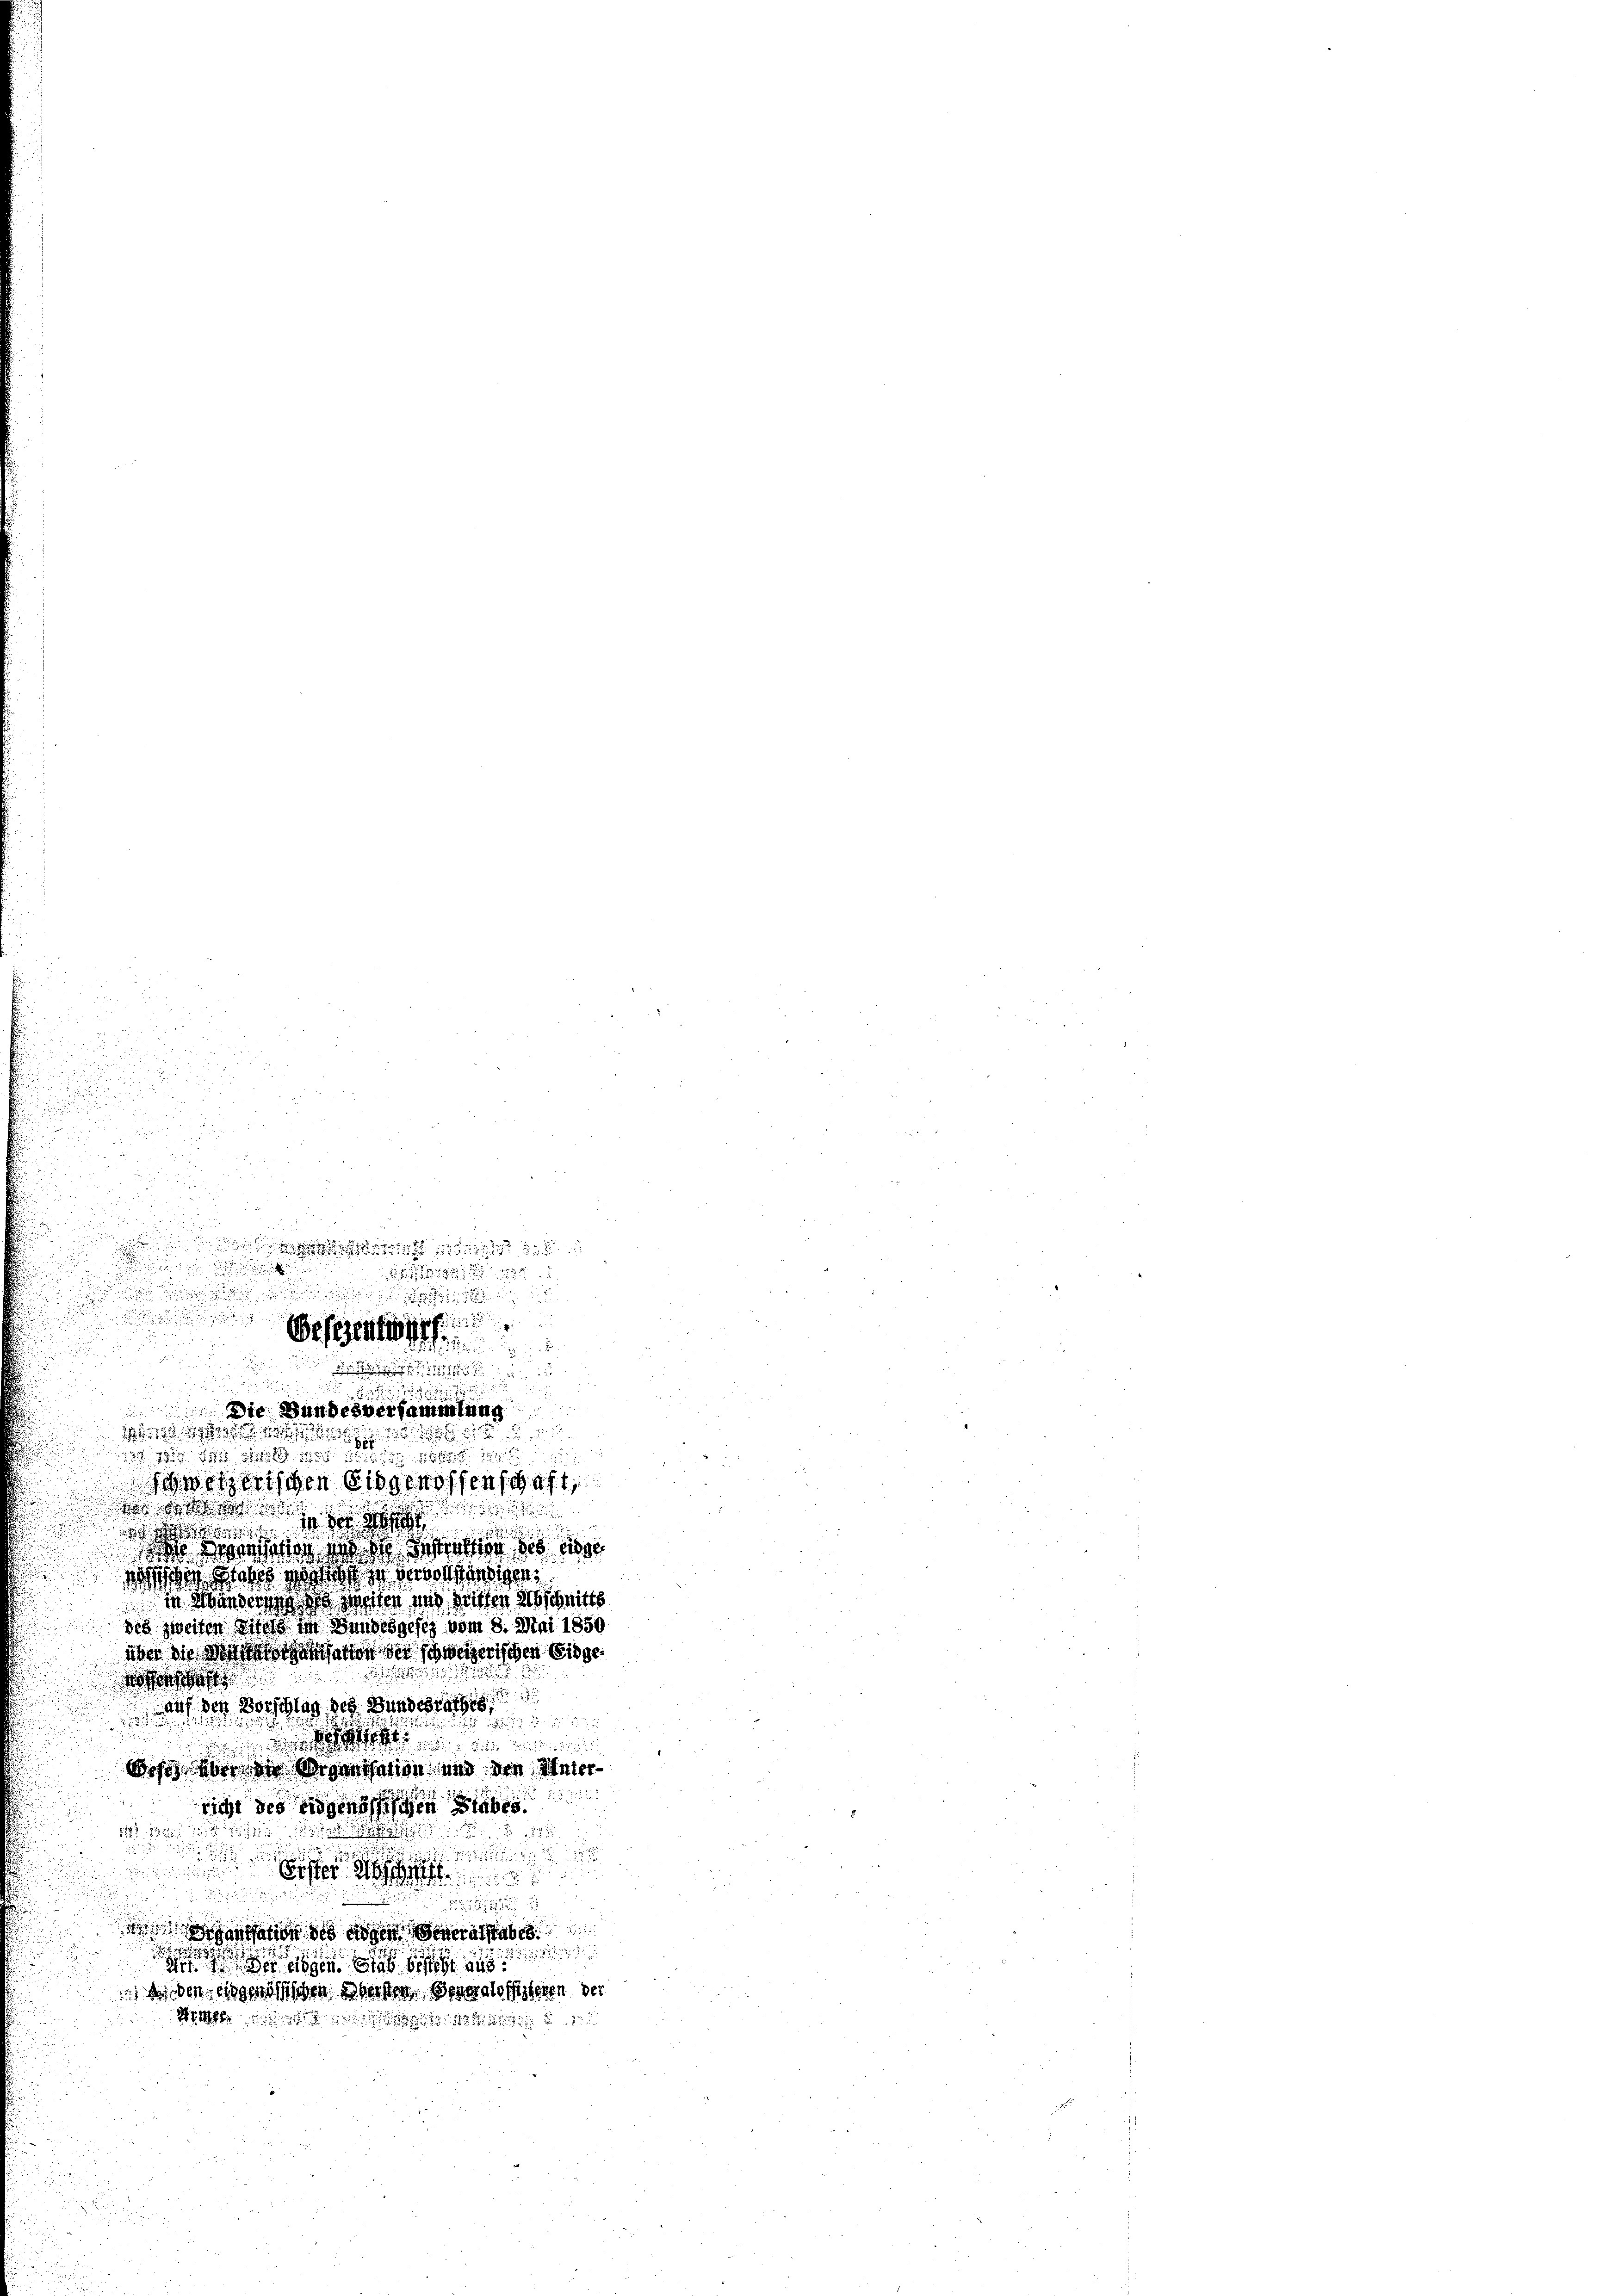
u

u

¬

sowie das ist das Was
 g die d

Schweizerischen Eidgenossenschaft,
der d

dos den Peter mit der Betrettung des diese
Wochen Profes vorhof er vervollständigen,
in Mandern vor weiter mit seiten als schnitte
des zweiten Titels im Bundesgesez vom 8. Mai 1850
über die Gegensation der schweizerischen Eidge¬

fehaft
a der Morschlag des Bundesrathes

t
wiß aber die Organisation und den Unter¬

richt des eidgenössischen Siebes
2

1171. 1322

u

Fister

antation des eigen Generalstabes
.

dir eigen das
 di den eidgenössischen Obersten Benealoffizieren der
ihe der

572

Befehenth

Die Bundesversammlung